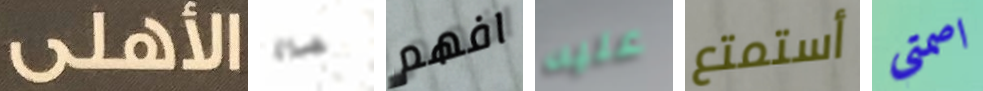
الأهلى صلاة افهم عليه أستمتع اصمتي